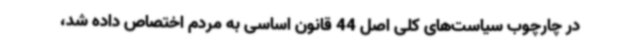
در چارچوب سیاست‌های کلی اصل 44 قانون اساسی به مردم اختصاص داده شد،